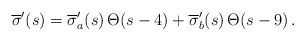
\begin{align*}\overline{\sigma}^\prime(s)=\overline{\sigma}^\prime_a(s)\,\Theta(s-4)+\overline{\sigma}^\prime_b(s)\,\Theta(s-9)\,.\end{align*}